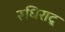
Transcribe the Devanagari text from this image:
रुधिराद्र्र